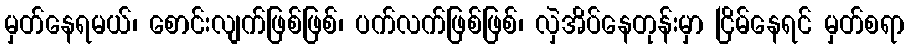
မှတ်နေရမယ်၊ စောင်းလျက်ဖြစ်ဖြစ်၊ ပက်လက်ဖြစ်ဖြစ်၊ လှဲအိပ်နေတုန်းမှာ ငြိမ်နေရင် မှတ်စရာ